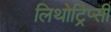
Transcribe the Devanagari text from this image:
लिथोट्रिप्सी